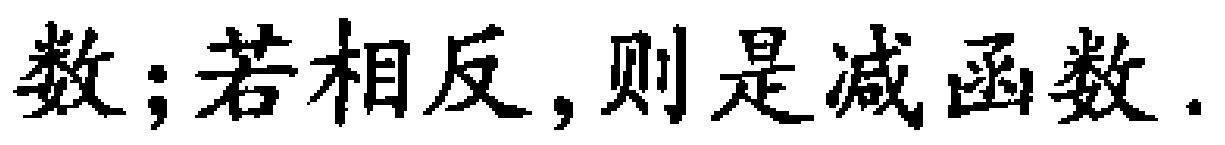
数; 若相反, 则是减函数.